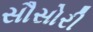
સૌસોરી